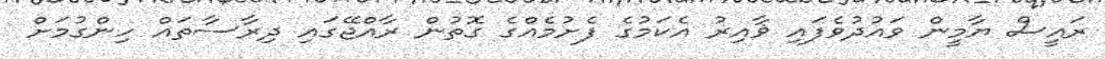
ރައީސް ޔާމީން ވައުދުވެފައި ޥާއިރު އެކަމުގެ ފެށުމެއްގެ ގޮތުން ރާއްޖޭގައި ދިރާސާތައް ހިންގުމަށް